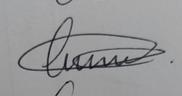
Signature authenticity: genuine